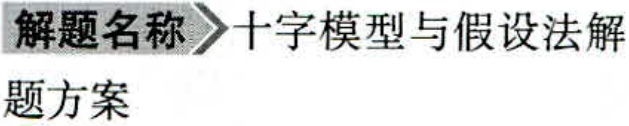
\textbf{解题名称} $\rhd$ 十字模型与假设法解\\题方案